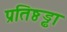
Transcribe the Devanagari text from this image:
प्रतिष्ठड्ढा